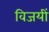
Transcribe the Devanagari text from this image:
विजयीं